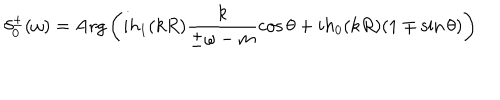
\delta _ { 0 } ^ { \pm } ( \omega ) = \mathrm { A r g } \left( i h _ { 1 } ( k R ) \frac { k } { \pm \omega - m } \cos \theta + i h _ { 0 } ( k R ) ( 1 \mp \sin \theta ) \right)